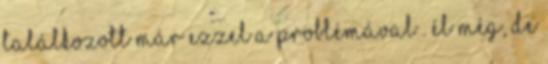
találkozott már ezzel a problémával . Él még, de